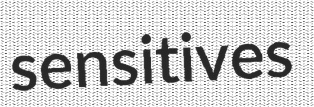
sensitives